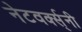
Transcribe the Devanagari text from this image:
नेटवर्क्स्‌नी